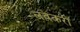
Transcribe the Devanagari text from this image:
लवकरी